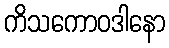
ကိသကောဝဒါနော